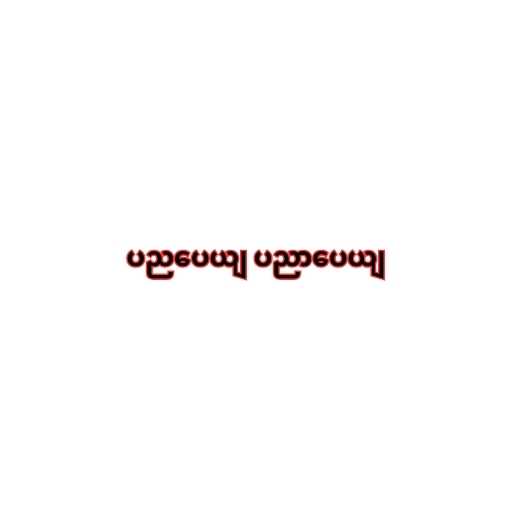
ပညပေယျ ပညာပေယျ